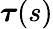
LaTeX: \boldsymbol{\tau}(s)